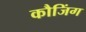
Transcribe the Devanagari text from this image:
कौजिंग